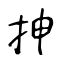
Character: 抻